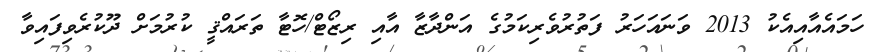
ހަމައެއާއިއެކު 2013 ވަނައަހަރު ފަތުރުވެރިކަމުގެ އަންދާޒާ އާއި ރިޒޯޓް/ހޮޓާ ތަރައްޤީ ކުރުމަށް ދޫކުރެވިފައިވާ